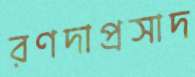
রণদাপ্রসাদ